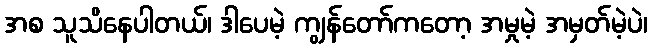
အစ သူသိနေပါတယ်၊ ဒါပေမဲ့ ကျွန်တော်ကတော့ အမှုမဲ့ အမှတ်မဲ့ပဲ၊